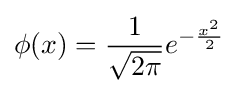
\phi (x)={\frac {1}{\sqrt {2\pi }}}e^{-{\frac {x^{2}}{2}}}